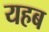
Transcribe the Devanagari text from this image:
यहब